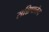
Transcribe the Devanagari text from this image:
सन्निपातेन